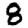
Digit: 8